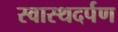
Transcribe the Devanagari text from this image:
स्वास्थदर्पण